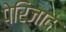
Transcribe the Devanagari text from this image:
पेरिजाद